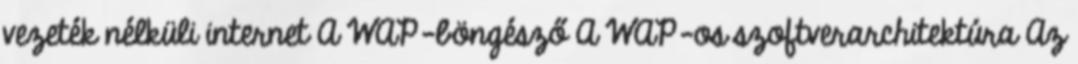
vezeték nélküli internet A WAP-böngésző A WAP-os szoftverarchitektúra Az